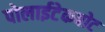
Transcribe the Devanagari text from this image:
पोलाईटेकबोट